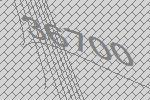
36700